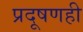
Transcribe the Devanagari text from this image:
प्रदूषणही